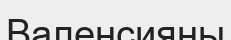
Валенсияны